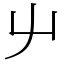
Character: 䶹